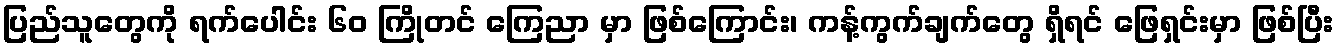
ပြည်သူတွေကို ရက်ပေါင်း ၆၀ ကြိုတင် ကြေညာ မှာ ဖြစ်ကြောင်း၊ ကန့်ကွက်ချက်တွေ ရှိရင် ဖြေရှင်းမှာ ဖြစ်ပြီး